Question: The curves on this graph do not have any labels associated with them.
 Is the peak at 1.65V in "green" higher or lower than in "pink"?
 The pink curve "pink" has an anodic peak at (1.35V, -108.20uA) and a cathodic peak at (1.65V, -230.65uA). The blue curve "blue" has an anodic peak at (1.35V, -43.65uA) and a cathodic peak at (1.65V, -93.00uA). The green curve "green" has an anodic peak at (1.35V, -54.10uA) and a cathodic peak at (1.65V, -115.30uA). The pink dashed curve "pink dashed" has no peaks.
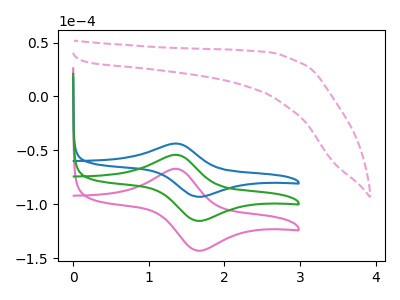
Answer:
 <answer>The peak at 1.65V is lower in "green" than in "pink".</answer>
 <eval>lower</eval>